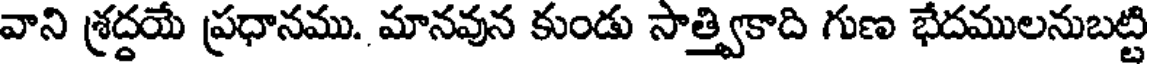
వాని శ్రద్దయే ప్రధానము. మానవున కుండు సాత్త్వికాది గుణ భేదములనుబట్టి